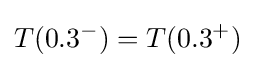
T(0.3^{-})=T(0.3^{+})